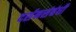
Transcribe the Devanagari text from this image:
दर्शनसंबंधी